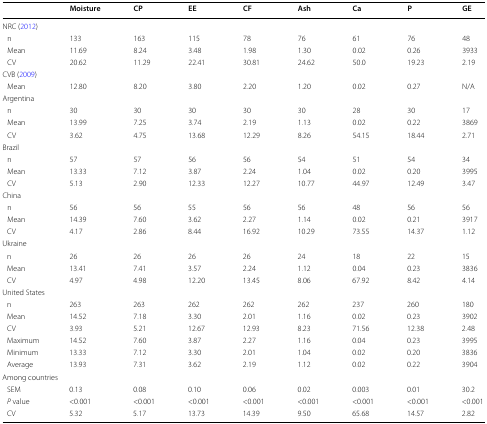
<table><thead><tr><td></td><td><b>Moisture</b></td><td><b>CP</b></td><td><b>EE</b></td><td><b>CF</b></td><td><b>Ash</b></td><td><b>Ca</b></td><td><b>P</b></td><td><b>GE</b></td></tr></thead><tbody><tr><td colspan="9">NRC (2012)</td></tr><tr><td> n</td><td>133</td><td>163</td><td>115</td><td>78</td><td>76</td><td>61</td><td>76</td><td>48</td></tr><tr><td> Mean</td><td>11.69</td><td>8.24</td><td>3.48</td><td>1.98</td><td>1.30</td><td>0.02</td><td>0.26</td><td>3933</td></tr><tr><td> CV</td><td>20.62</td><td>11.29</td><td>22.41</td><td>30.81</td><td>24.62</td><td>50.0</td><td>19.23</td><td>2.19</td></tr><tr><td colspan="9">CVB (2009)</td></tr><tr><td> Mean</td><td>12.80</td><td>8.20</td><td>3.80</td><td>2.20</td><td>1.20</td><td>0.02</td><td>0.27</td><td>N/A</td></tr><tr><td colspan="9">Argentina</td></tr><tr><td> n</td><td>30</td><td>30</td><td>30</td><td>30</td><td>30</td><td>28</td><td>30</td><td>17</td></tr><tr><td> Mean</td><td>13.99</td><td>7.25</td><td>3.74</td><td>2.19</td><td>1.13</td><td>0.02</td><td>0.22</td><td>3869</td></tr><tr><td> CV</td><td>3.62</td><td>4.75</td><td>13.68</td><td>12.29</td><td>8.26</td><td>54.15</td><td>18.44</td><td>2.71</td></tr><tr><td colspan="9">Brazil</td></tr><tr><td> n</td><td>57</td><td>57</td><td>56</td><td>56</td><td>54</td><td>51</td><td>54</td><td>34</td></tr><tr><td> Mean</td><td>13.33</td><td>7.12</td><td>3.87</td><td>2.24</td><td>1.04</td><td>0.02</td><td>0.20</td><td>3995</td></tr><tr><td> CV</td><td>5.13</td><td>2.90</td><td>12.33</td><td>12.27</td><td>10.77</td><td>44.97</td><td>12.49</td><td>3.47</td></tr><tr><td colspan="9">China</td></tr><tr><td> n</td><td>56</td><td>56</td><td>55</td><td>56</td><td>56</td><td>48</td><td>56</td><td>56</td></tr><tr><td> Mean</td><td>14.39</td><td>7.60</td><td>3.62</td><td>2.27</td><td>1.14</td><td>0.02</td><td>0.21</td><td>3917</td></tr><tr><td> CV</td><td>4.17</td><td>2.86</td><td>8.44</td><td>16.92</td><td>10.29</td><td>73.55</td><td>14.37</td><td>1.12</td></tr><tr><td colspan="9">Ukraine</td></tr><tr><td> n</td><td>26</td><td>26</td><td>26</td><td>26</td><td>24</td><td>18</td><td>22</td><td>15</td></tr><tr><td> Mean</td><td>13.41</td><td>7.41</td><td>3.57</td><td>2.24</td><td>1.12</td><td>0.04</td><td>0.23</td><td>3836</td></tr><tr><td> CV</td><td>4.97</td><td>4.98</td><td>12.20</td><td>13.45</td><td>8.06</td><td>67.92</td><td>8.42</td><td>4.14</td></tr><tr><td colspan="9">United States</td></tr><tr><td> n</td><td>263</td><td>263</td><td>262</td><td>262</td><td>262</td><td>237</td><td>260</td><td>180</td></tr><tr><td> Mean</td><td>14.52</td><td>7.18</td><td>3.30</td><td>2.01</td><td>1.16</td><td>0.02</td><td>0.23</td><td>3902</td></tr><tr><td> CV</td><td>3.93</td><td>5.21</td><td>12.67</td><td>12.93</td><td>8.23</td><td>71.56</td><td>12.38</td><td>2.48</td></tr><tr><td> Maximum</td><td>14.52</td><td>7.60</td><td>3.87</td><td>2.27</td><td>1.16</td><td>0.04</td><td>0.23</td><td>3995</td></tr><tr><td> Minimum</td><td>13.33</td><td>7.12</td><td>3.30</td><td>2.01</td><td>1.04</td><td>0.02</td><td>0.20</td><td>3836</td></tr><tr><td> Average</td><td>13.93</td><td>7.31</td><td>3.62</td><td>2.19</td><td>1.12</td><td>0.02</td><td>0.22</td><td>3904</td></tr><tr><td colspan="9">Among countries</td></tr><tr><td> SEM</td><td>0.13</td><td>0.08</td><td>0.10</td><td>0.06</td><td>0.02</td><td>0.003</td><td>0.01</td><td>30.2</td></tr><tr><td> <i>P</i> value</td><td>&lt;0.001</td><td>&lt;0.001</td><td>&lt;0.001</td><td>&lt;0.001</td><td>&lt;0.001</td><td>&lt;0.001</td><td>&lt;0.001</td><td>&lt;0.001</td></tr><tr><td> CV</td><td>5.32</td><td>5.17</td><td>13.73</td><td>14.39</td><td>9.50</td><td>65.68</td><td>14.57</td><td>2.82</td></tr></tbody></table>